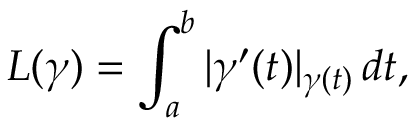
L ( \gamma ) = \int _ { a } ^ { b } | \gamma ^ { \prime } ( t ) | _ { \gamma ( t ) } \, d t ,